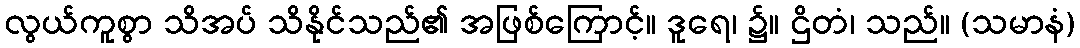
လွယ်ကူစွာ သိအပ် သိနိုင်သည်၏ အဖြစ်ကြောင့်။ ဒူရေ၊ ၌။ ဌိတံ၊ သည်။ (သမာနံ)